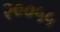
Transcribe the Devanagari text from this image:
२००५५